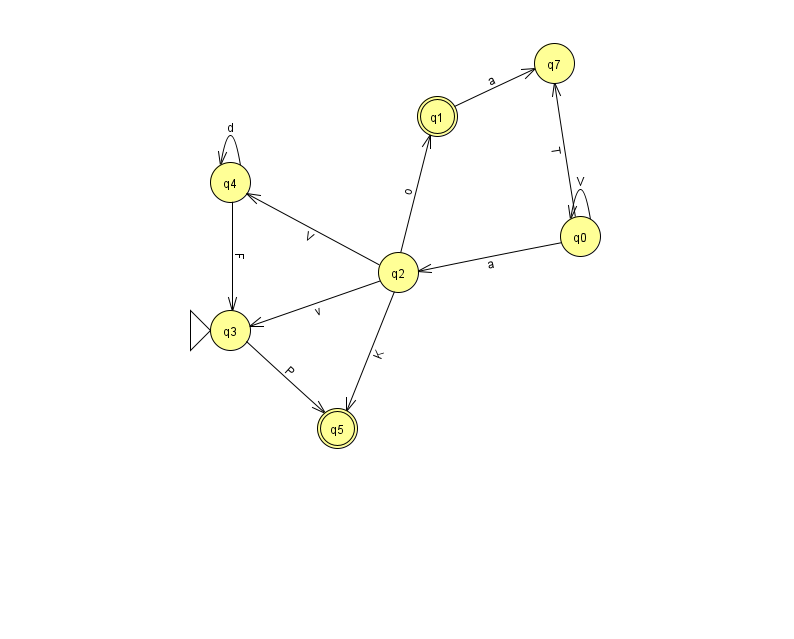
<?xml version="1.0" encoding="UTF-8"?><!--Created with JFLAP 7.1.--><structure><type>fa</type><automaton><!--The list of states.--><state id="0" name="q0"><x>580.0</x><y>223.0</y></state><state id="1" name="q1"><x>437.0</x><y>103.0</y><final/></state><state id="2" name="q2"><x>398.0</x><y>259.0</y></state><state id="3" name="q3"><x>230.0</x><y>317.0</y><initial/></state><state id="4" name="q4"><x>230.0</x><y>169.0</y></state><state id="5" name="q5"><x>337.0</x><y>415.0</y><final/></state><state id="7" name="q7"><x>554.0</x><y>50.0</y></state><!--The list of transitions.--><transition><from>2</from><to>5</to><read>K</read></transition><transition><from>4</from><to>3</to><read>F</read></transition><transition><from>4</from><to>4</to><read>d</read></transition><transition><from>3</from><to>5</to><read>P</read></transition><transition><from>0</from><to>0</to><read>V</read></transition><transition><from>2</from><to>1</to><read>o</read></transition><transition><from>2</from><to>3</to><read>v</read></transition><transition><from>0</from><to>7</to><read>T</read></transition><transition><from>0</from><to>2</to><read>a</read></transition><transition><from>1</from><to>7</to><read>a</read></transition><transition><from>2</from><to>4</to><read>V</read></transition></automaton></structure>